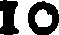
10